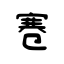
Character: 寋